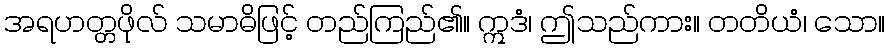
အရဟတ္တဖိုလ် သမာဓိဖြင့် တည်ကြည်၏။ ဣဒံ၊ ဤသည်ကား။ တတိယံ၊ သော။